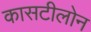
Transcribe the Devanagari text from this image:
कासटीलोन